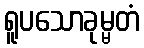
ရူပသောခုမ္မတံ